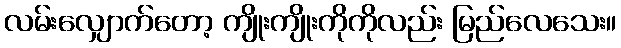
လမ်းလျှောက်တော့ ကျိုးကျိုးကိုကိုလည်း မြည်လေသေး။